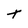
Character: T